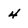
Character: 4